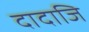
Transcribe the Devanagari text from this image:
दादाजि